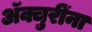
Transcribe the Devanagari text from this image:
ॲक्चुरींना